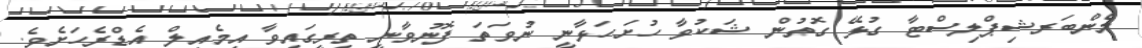
މެންބަރޝިޕްލިސްޓާ ގުޅޭ ގޮތުން ޝަކުވާ ހުށަހަޅާނީ ނުވަތަ ފޮނުވާނީ ތިރީގައިވާ އީމެއިލް އެޑްރެހަށެވެ.